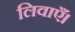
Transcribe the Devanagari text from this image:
लिवाएँ।